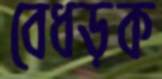
বেধড়ক